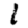
Digit: 1